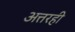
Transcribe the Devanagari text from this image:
अत्तरही